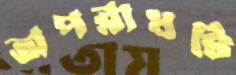
অপরাধটি